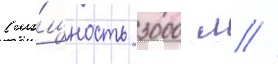
(мо́щность 3000 л //